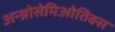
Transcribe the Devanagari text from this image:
अन्थ्रोसेमिओतिक्स